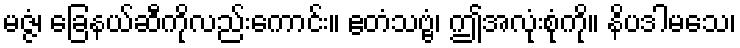
မဇ္ဇံ၊ ခြေနယ်ဆီကိုလည်းကောင်း။ ဧတံသဗ္ဗံ၊ ဤအလုံးစုံကို။ နိပဒါမသေ၊